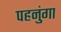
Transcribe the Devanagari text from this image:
पहनुंगा